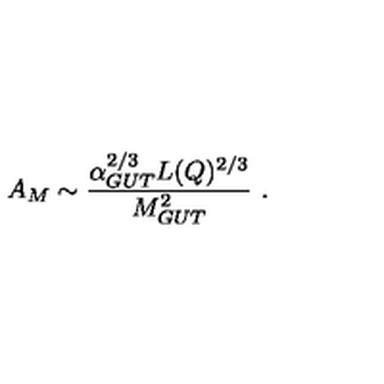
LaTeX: A _ { M } \sim { \frac { \alpha _ { G U T } ^ { 2 / 3 } L ( Q ) ^ { 2 / 3 } } { M _ { G U T } ^ { 2 } } } \ .